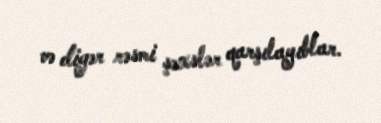
və digər rəsmi şəxslər qarşılayıblar.